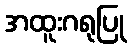
အထူးဂရုပြု